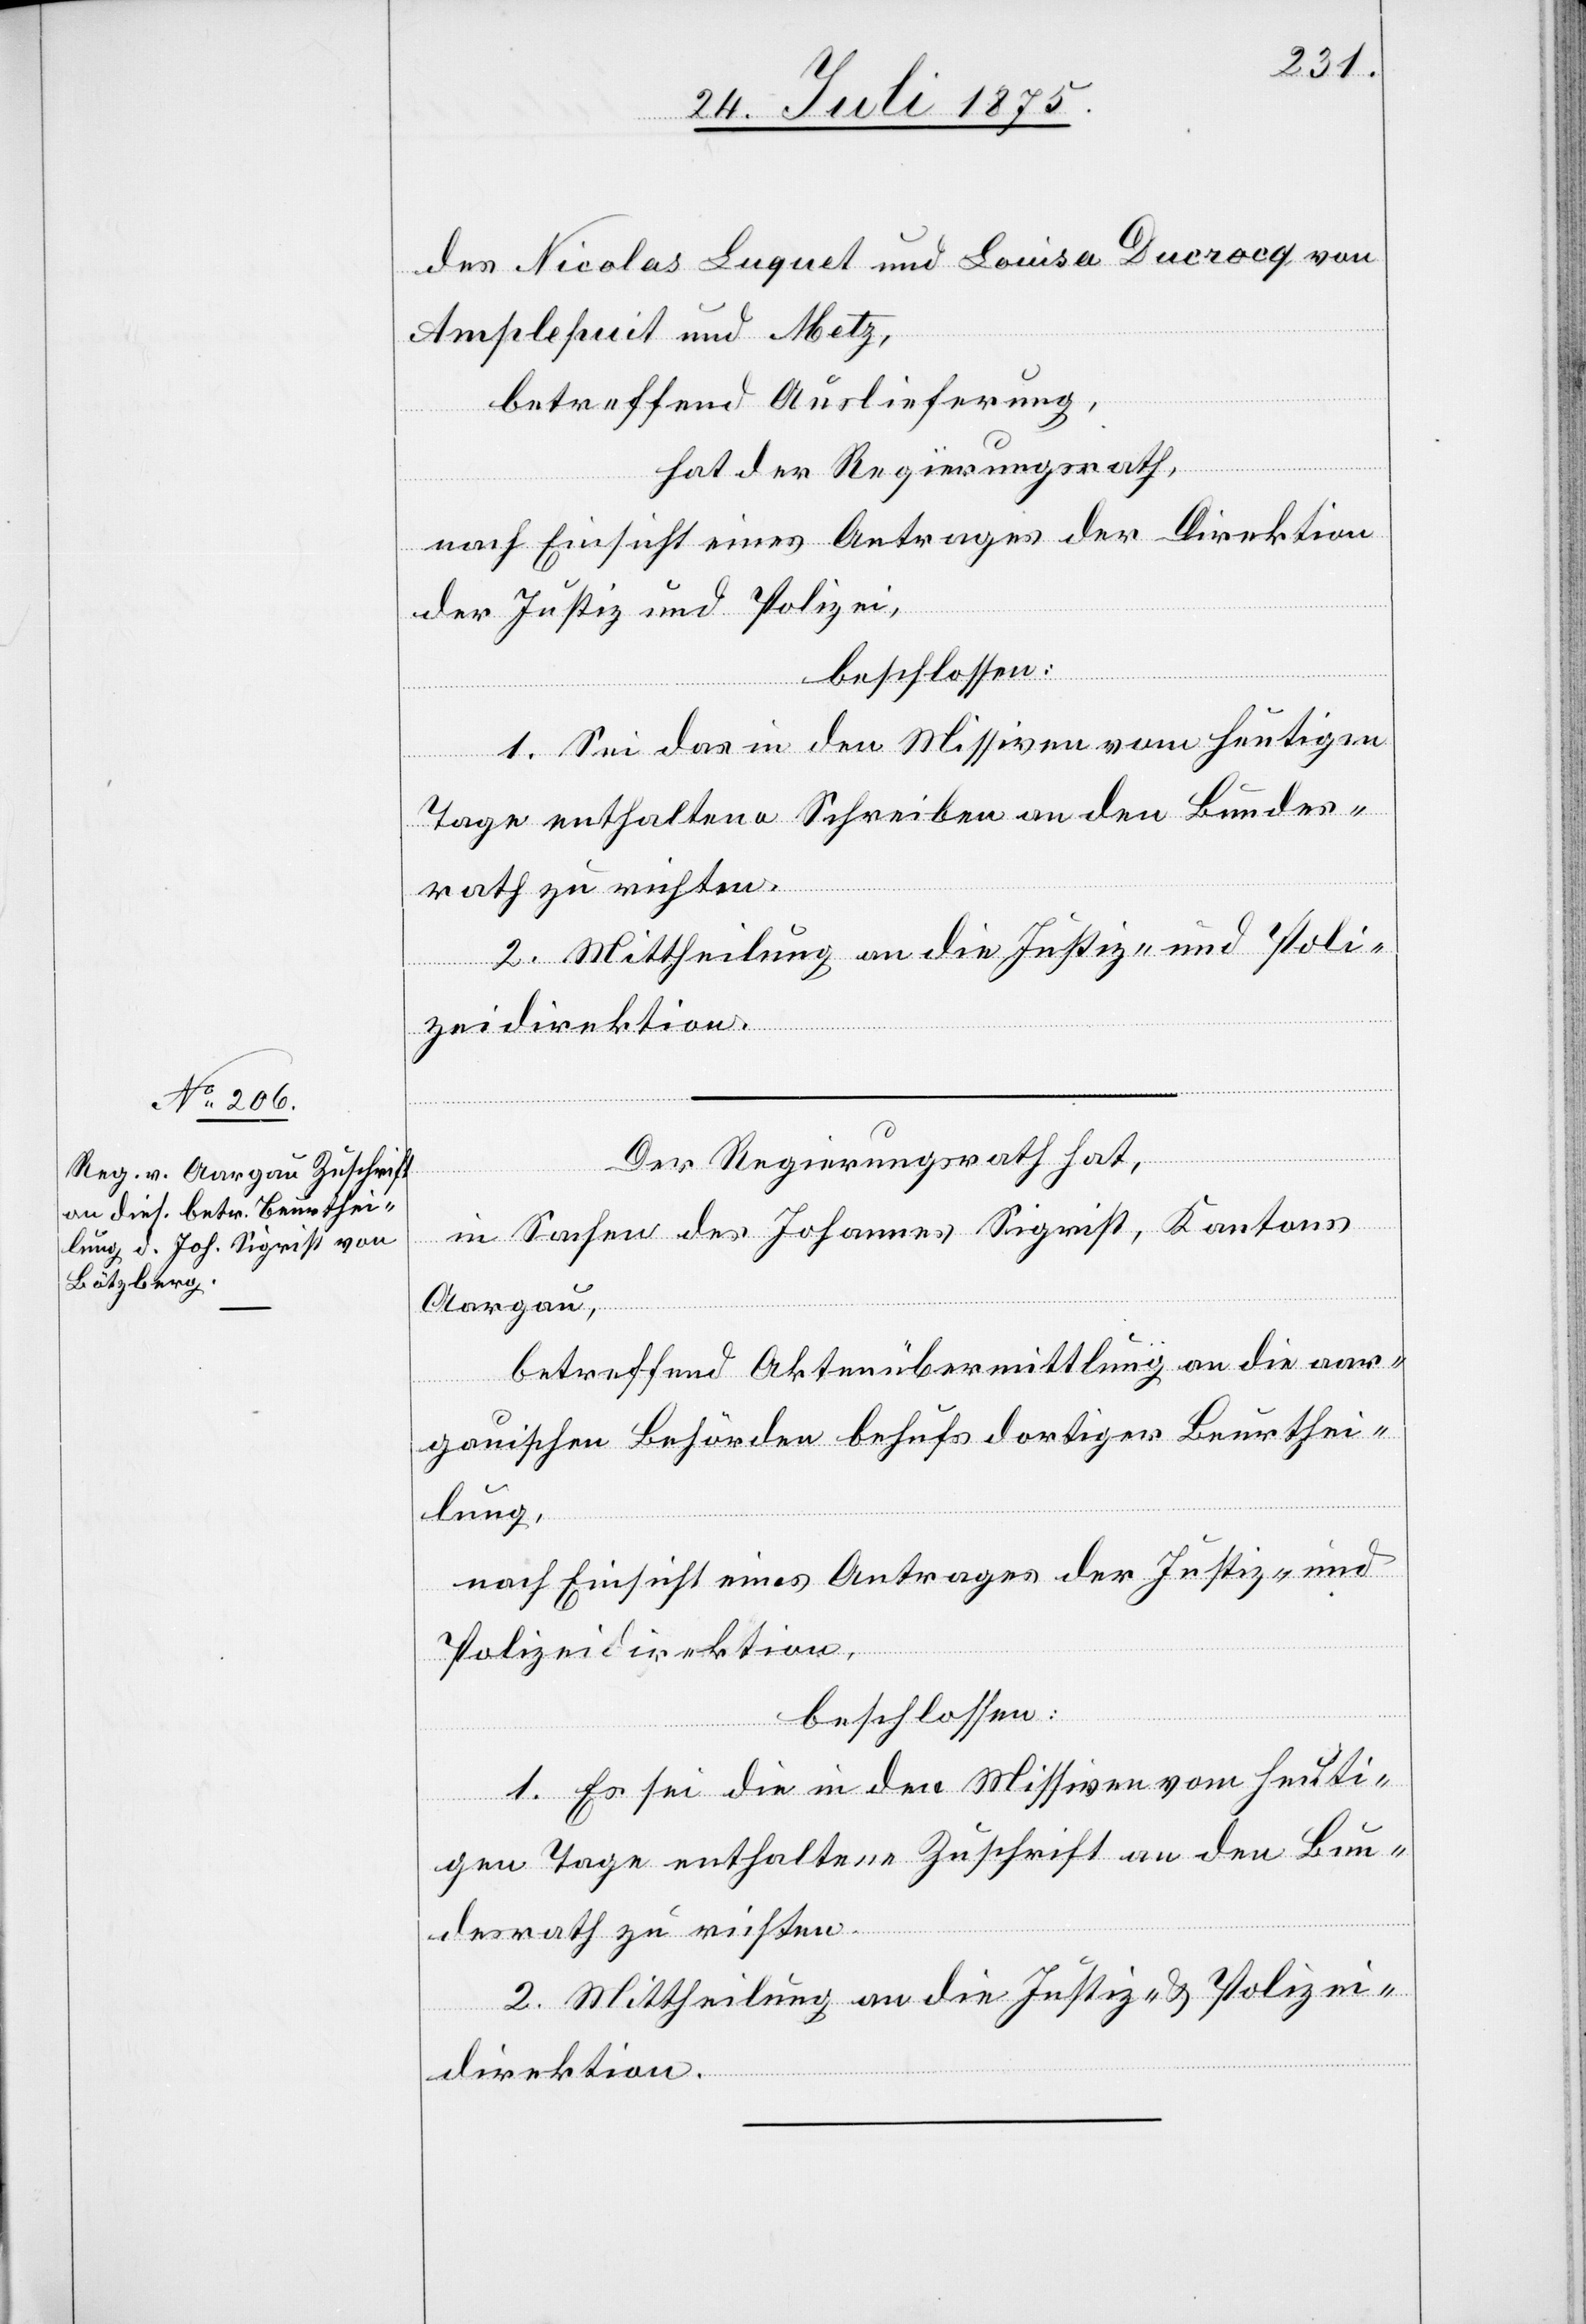
des Nicolas Luquet und Louise Ducrocq von
Amplepuis und Metz,
betreffend Auslieferung,
hat der Regierungsrath,
nach Einsicht eines Antrages der Direktion
der Justiz und Polizei,
beschlossen:
1. Sie das in den Missiven vom heutigen
Tage enthaltene Schreiben an den Bundes¬
rath zu richten.
2. Mittheilung an die Justiz- und Poli¬
zeidirektion.
Der Regierungsrath hat,
in Sachen des Johannes Sigrist, Kantons
Aargau,
betreffend Aktenübermittlung an die aar¬
gauischen Behörden behufs dortiger Beurthei¬
lung,
nach Einsicht eines Antrages der Justiz- und
Polizeidirektion,
beschlossen:
1. Es sei die in den Missiven vom heuti¬
gen Tage enthaltene Zuschrift an den Bun¬
desrath zu richten.